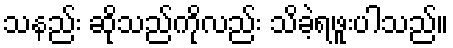
သနည်း ဆိုသည်ကိုလည်း သိခဲ့ရဖူးပါသည်။